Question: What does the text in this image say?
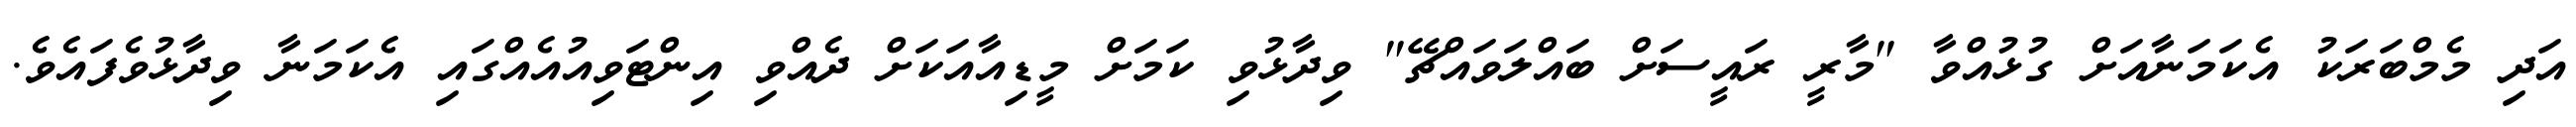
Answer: އަދި މެމްބަރަކު އެކަމަނާއަށް ގުޅުއްވާ "މާރީ ރައީސަށް ބައްލަވައްޗޭ" ވިދާޅުވި ކަމަށް މީޑިއާއަކަށް ދެއްވި އިންޓަވިއުއެއްގައި އެކަމަނާ ވިދާޅުވެފައެވެ.